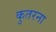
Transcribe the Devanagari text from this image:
कुतरना